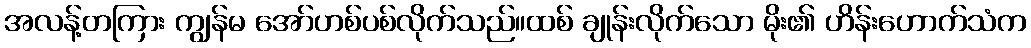
အလန့်တကြား ကျွန်မ အော်ဟစ်ပစ်လိုက်သည်။ထစ် ချုန်းလိုက်သော မိုး၏ ဟိန်းဟောက်သံက